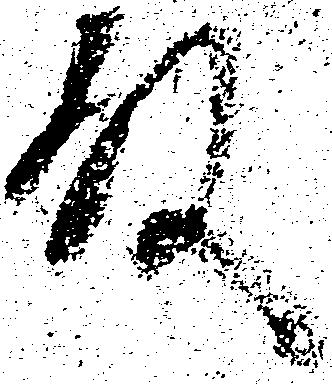
殿